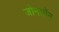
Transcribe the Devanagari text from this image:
जोनसॉन